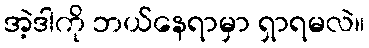
အဲ့ဒါကို ဘယ်နေရာမှာ ရှာရမလဲ။